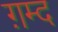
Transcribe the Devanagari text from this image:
ग़म्द